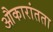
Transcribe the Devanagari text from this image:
औकारांतता